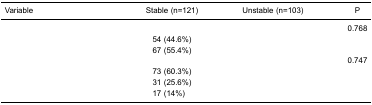
<table><thead><tr><td><b>Variable</b></td><td><b>Stable (n=121)</b></td><td><b>Unstable (n=103)</b></td><td><b>P</b></td></tr></thead><tbody><tr><td colspan="3">[EMPTY_CELL]</td><td>0.768</td></tr><tr><td>[EMPTY_CELL]</td><td>54 (44.6%)</td><td>[EMPTY_CELL]</td><td>[EMPTY_CELL]</td></tr><tr><td>[EMPTY_CELL]</td><td>67 (55.4%)</td><td>[EMPTY_CELL]</td><td>[EMPTY_CELL]</td></tr><tr><td colspan="3">[EMPTY_CELL]</td><td>0.747</td></tr><tr><td>[EMPTY_CELL]</td><td>73 (60.3%)</td><td>[EMPTY_CELL]</td><td>[EMPTY_CELL]</td></tr><tr><td>[EMPTY_CELL]</td><td>31 (25.6%)</td><td>[EMPTY_CELL]</td><td>[EMPTY_CELL]</td></tr><tr><td>[EMPTY_CELL]</td><td>17 (14%)</td><td>[EMPTY_CELL]</td><td>[EMPTY_CELL]</td></tr></tbody></table>